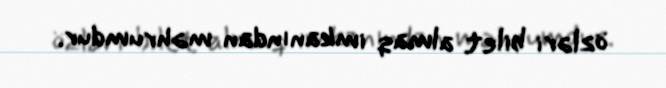
özləri bilet almaq imkanından məhrumdur.